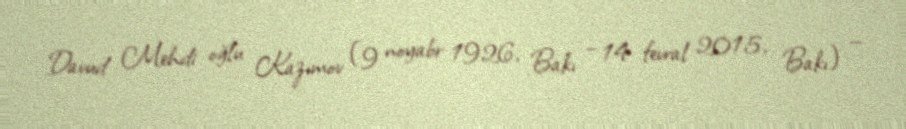
Davud Mehdi oğlu Kazımov (9 noyabr 1926, Bakı – 14 fevral 2015, Bakı) —